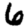
Digit: 6